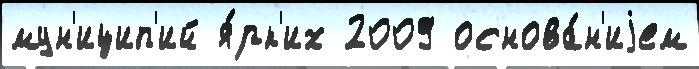
мун'ицип'ий я́рк'их 2009 основа́н'иjем